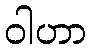
ဝါဟာ